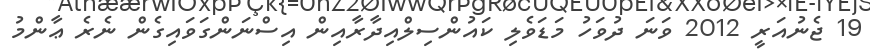
19 ޖެނުއަރީ 2012 ވަނަ ދުވަހު މަޑަވެލި ކައުންސިލްއިދާރާއިން އިސްނަންގަވައިގެން ނެރެ ޢާންމު